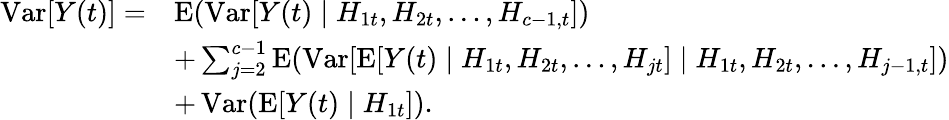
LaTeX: {\begin{array}{rl}{\operatorname{Var}[Y(t)]=}&{\operatorname{E}(\operatorname{Var}[Y(t)\mid H_{1t},H_{2t},\ldots,H_{c-1,t}])}\\ &{+\sum_{j=2}^{c-1}\operatorname{E}(\operatorname{Var}[\operatorname{E}[Y(t)\mid H_{1t},H_{2t},\ldots,H_{jt}]\mid H_{1t},H_{2t},\ldots,H_{j-1,t}])}\\ &{+\operatorname{Var}(\operatorname{E}[Y(t)\mid H_{1t}]).}\end{array}}